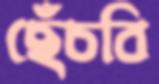
ছেঁচবি